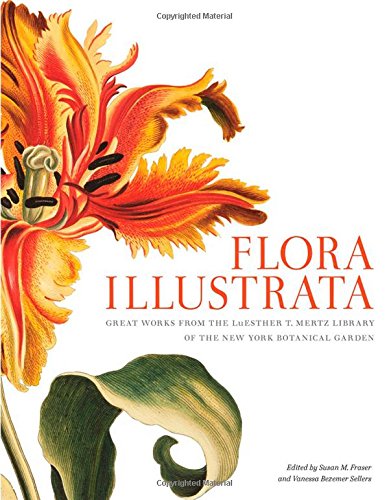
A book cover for Flora Illustrata: Great Works from the LuEsther T. Mertz Library of The New York Botanical Garden; Science & Math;